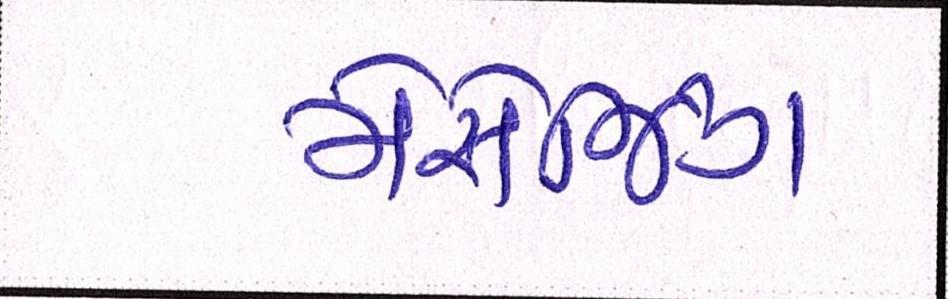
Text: મેસેજિંગ